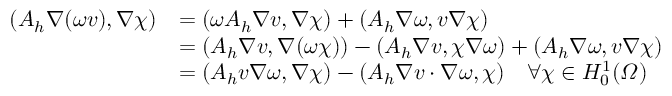
\begin{array} { r l } { ( A _ { h } \nabla ( \omega v ) , \nabla \chi ) } & { = ( \omega A _ { h } \nabla v , \nabla \chi ) + ( A _ { h } \nabla \omega , v \nabla \chi ) } \\ & { = ( A _ { h } \nabla v , \nabla ( \omega \chi ) ) - ( A _ { h } \nabla v , \chi \nabla \omega ) + ( A _ { h } \nabla \omega , v \nabla \chi ) } \\ & { = ( A _ { h } v \nabla \omega , \nabla \chi ) - ( A _ { h } \nabla v \cdot \nabla \omega , \chi ) \quad \forall \chi \in H _ { 0 } ^ { 1 } ( \varOmega ) } \end{array}